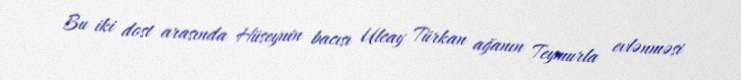
Bu iki dost arasında Hüseynin bacısı Ulcay Türkan ağanın Teymurla evlənməsi